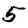
Digit: 5